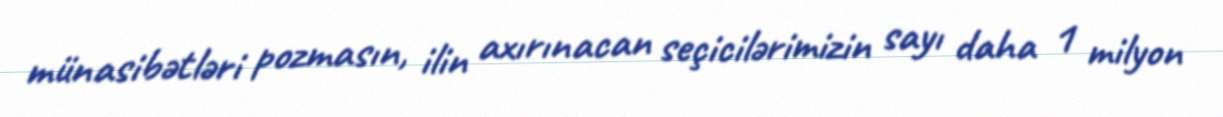
münasibətləri pozmasın, ilin axırınacan seçicilərimizin sayı daha 1 milyon